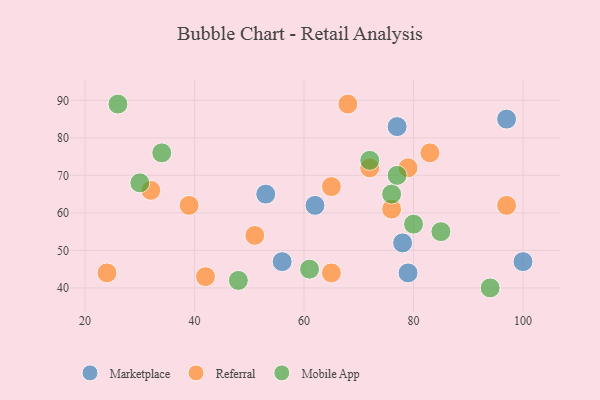
{"axis": {"x": "GDP", "y": "Life Expectancy"}, "legend": ["Marketplace", "Mobile App", "Referral"], "data": [{"x": "56", "y": 47, "type": "Marketplace"}, {"x": "78", "y": 52, "type": "Marketplace"}, {"x": "100", "y": 47, "type": "Marketplace"}, {"x": "79", "y": 44, "type": "Marketplace"}, {"x": "62", "y": 62, "type": "Marketplace"}, {"x": "53", "y": 65, "type": "Marketplace"}, {"x": "77", "y": 83, "type": "Marketplace"}, {"x": "97", "y": 85, "type": "Marketplace"}, {"x": "24", "y": 44, "type": "Referral"}, {"x": "72", "y": 72, "type": "Referral"}, {"x": "83", "y": 76, "type": "Referral"}, {"x": "65", "y": 44, "type": "Referral"}, {"x": "51", "y": 54, "type": "Referral"}, {"x": "32", "y": 66, "type": "Referral"}, {"x": "79", "y": 72, "type": "Referral"}, {"x": "42", "y": 43, "type": "Referral"}, {"x": "76", "y": 61, "type": "Referral"}, {"x": "97", "y": 62, "type": "Referral"}, {"x": "68", "y": 89, "type": "Referral"}, {"x": "39", "y": 62, "type": "Referral"}, {"x": "65", "y": 67, "type": "Referral"}, {"x": "76", "y": 65, "type": "Mobile App"}, {"x": "34", "y": 76, "type": "Mobile App"}, {"x": "77", "y": 70, "type": "Mobile App"}, {"x": "72", "y": 74, "type": "Mobile App"}, {"x": "61", "y": 45, "type": "Mobile App"}, {"x": "94", "y": 40, "type": "Mobile App"}, {"x": "26", "y": 89, "type": "Mobile App"}, {"x": "85", "y": 55, "type": "Mobile App"}, {"x": "30", "y": 68, "type": "Mobile App"}, {"x": "48", "y": 42, "type": "Mobile App"}, {"x": "80", "y": 57, "type": "Mobile App"}]}